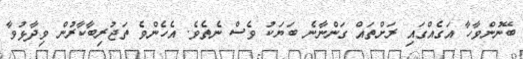
ބޭނުންވާހާ އަގެއްގައި ރަށްތައް ގަންނާނެ ބަޔަކު ވެސް ނެތެވެ. އެހެންވެ ތަޖުރިބާކާރުން ވިދާޅުވާ